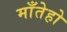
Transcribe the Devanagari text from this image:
माँतेहो